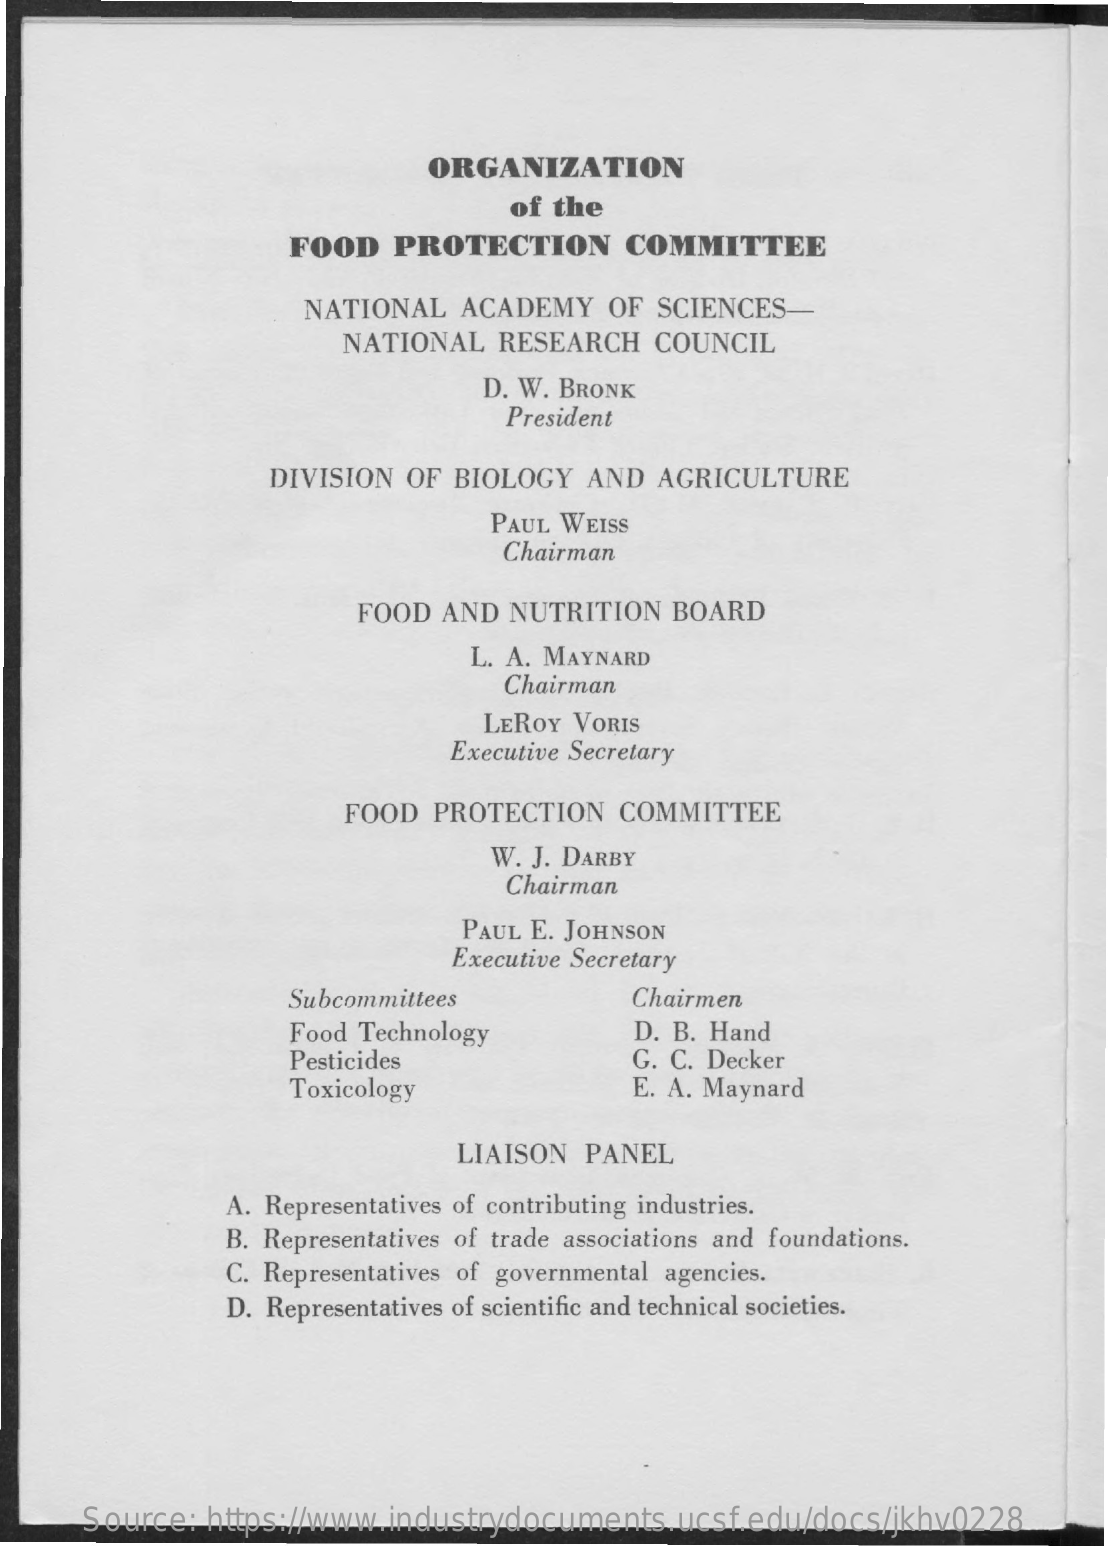
ORGANIZATION
     of the
     FOOD   PROTECTION    COMMITTEE
     NATIONAL  ACADEMY  OF SCIENCES
     NATIONAL RESEARCH  COUNCIL
     D. W. BRONK
     President
     DIVISION OF BIOLOGY AND AGRICULTURE
     PAUL WEISS
     Chairman
     FOOD AND NUTRITION BOARD
     L. A. MAYNARD
     Chairman
     LEROY VORIS
     Executive Secretary
     FOOD PROTECTION  COMMITTEE
     W. J. DARBY
     Chairman
     PAUL E. JOHNSON
     Executive Secretary
     Subcommittees    Chairmen
     Food Technology    D. B. Hand
     Pesticides    G. C. Decker
     Toxicology    E. A. Maynard
     LIAISON PANEL
     A. Representatives of contributing industries.
     B. Representatives of trade associations and foundations.
     C. Representatives of governmental agencies.
     D. Representatives of scientific and technical societies.
     Source: https://www.industrydocuments.ucsf.edu/docs/jkhv0228